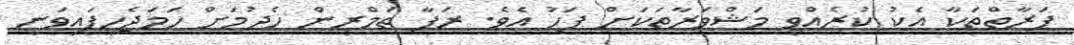
ފަރާތްތަކާ އެކު ކުރެއްވި މަޝްވަރާތަކަަށް ފަހު އެވެ. ރަފާ ތަމްރީން ހެދުމަށް ހަމަޖެހިފައިވަނީ